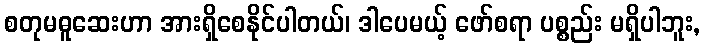
စတုမဓူဆေးဟာ အားရှိစေနိုင်ပါတယ်၊ ဒါပေမယ့် ဖော်စရာ ပစ္စည်း မရှိပါဘူး,